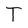
Character: T